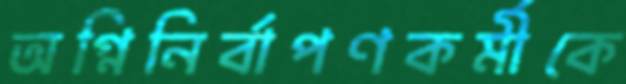
অগ্নিনির্বাপণকর্মীকে